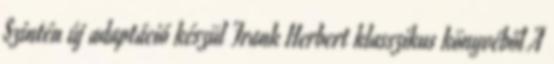
Szintén új adaptáció készül Frank Herbert klasszikus könyvéből A